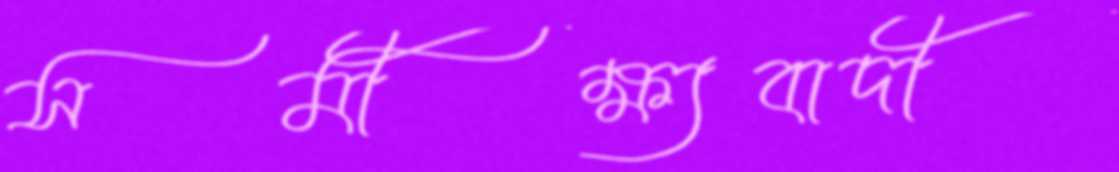
সমীক্ষ্যবাদী